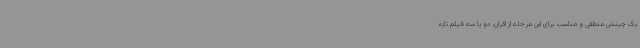
یک چینش منطقی و مناسب برای این مرحله از اکران، دو یا سه فیلم تازه